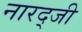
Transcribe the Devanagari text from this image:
नारद्जी